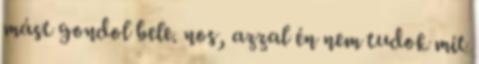
mást gondol bele. nos, azzal én nem tudok mit